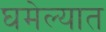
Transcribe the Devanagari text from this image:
घमेल्यात